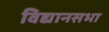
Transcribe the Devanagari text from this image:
विद्यानसभा